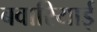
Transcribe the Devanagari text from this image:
बवारियाई